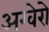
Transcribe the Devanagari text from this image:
अग्वेरो